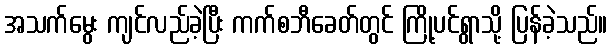
အသက်မွေး ကျင်လည်ခဲ့ပြီး ကက်စဘီခေတ်တွင် ကြို့ပင်ရွာသို့ ပြန်ခဲ့သည်။